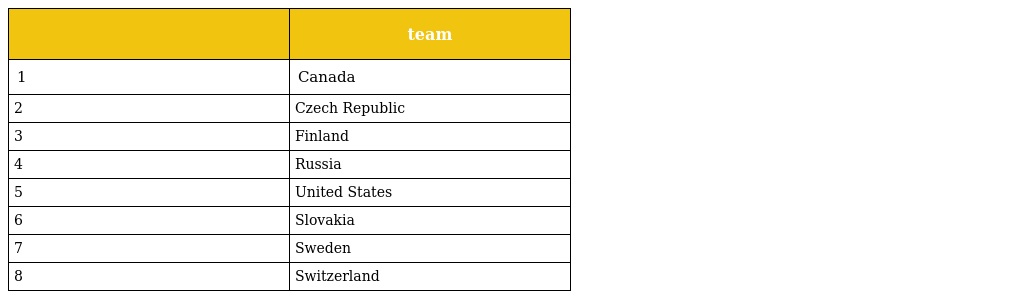
|  | team |
 | --- | --- |
 | 1 | Canada |
 | 2 | Czech Republic |
 | 3 | Finland |
 | 4 | Russia |
 | 5 | United States |
 | 6 | Slovakia |
 | 7 | Sweden |
 | 8 | Switzerland |